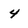
Character: 4